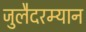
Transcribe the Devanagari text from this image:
जुलैदरम्यान